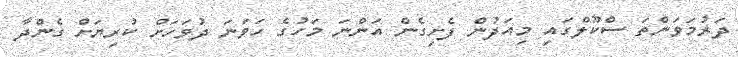
ދަރުމަވަންތަ ސްކޫލްގައި މިއަދުން ފެށިގެން އަންނަ މަހުގެ ހަވަނަ ދުވަހަށް ކުރިޔަށް ގެންދާ